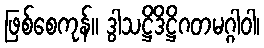
ဖြစ်စေကုန်။ ဒွါသဋ္ဌိဒိဋ္ဌိဂတမဂ္ဂါဝါ၊